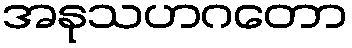
အနုသဟဂတော